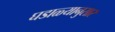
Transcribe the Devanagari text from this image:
घडाळ्यानुसार